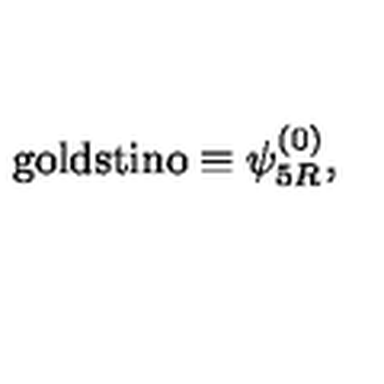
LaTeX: \mathrm { g o l d s t i n o } \equiv \psi _ { 5 R } ^ { ( 0 ) } ,